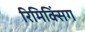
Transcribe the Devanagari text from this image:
रिमिक्सिंग